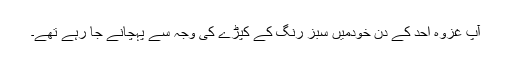
آپ غزوۂ اُحُد کے دن خَودمیں سبز رنگ کے کپڑے کی وجہ سے پہچانے جا رہے تھے۔